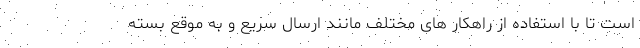
است تا با استفاده از راهکار های مختلف مانند ارسال سریع و به موقع بسته